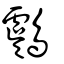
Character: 鸆